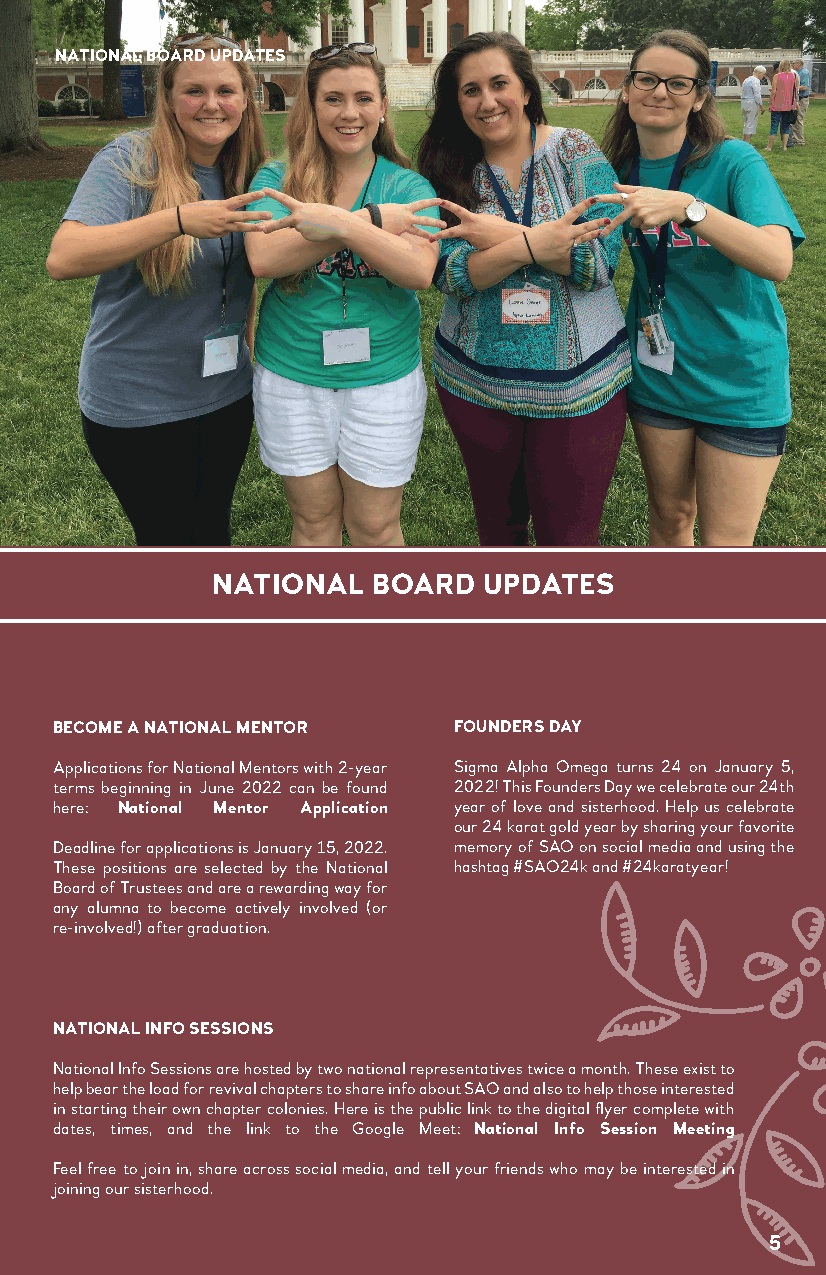
NATIONAL BOARD UPDATES
 NATIONAL   BOARD  UPDATES
 BECOME A NATIONAL MENTOR  FOUNDERS DAY
 Applications for National Mentors with 2-year Sigma Alpha Omega turns 24 on January 5,
 terms beginning in June 2022 can be found 2022! This Founders Day we celebrate our 24th
 here: National Mentor Application year of love and sisterhood. Help us celebrate
 our 24 karat gold year by sharing your favorite
 Deadline for applications is January 15, 2022. memory of SAO on social media and using the
 These positions are selected by the National hashtag #SAO24k and #24karatyear!
 Board of Trustees and are a rewarding way for
 any alumna to become actively involved (or
 re-involved!) after graduation.
 NATIONAL INFO SESSIONS
 National Info Sessions are hosted by two national representatives twice a month. These exist to
 help bear the load for revival chapters to share info about SAO and also to help those interested
 in starting their own chapter colonies. Here is the public link to the digital flyer complete with
 dates, times, and the link to the Google Meet: NNaattiioonnaall IInnffoo SSeessssiioonn MMeeeettiinngg
 FFeeeell ffrreeee ttoo jjooiinn iinn,, sshhaarree aaccrroossss ssoocciiaall mmeeddiiaa,, aanndd tteellll yyoouurr ffrriieennddss wwhhoo mmaayy bbee iinntteerreesstteedd iinn
 joining our sisterhood.
 55